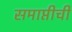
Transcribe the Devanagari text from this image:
समाप्तीची